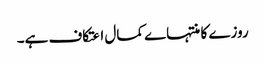
روزے کا منتہاے کمال اعتکاف ہے۔